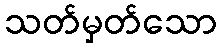
သတ်မှတ်သော